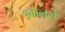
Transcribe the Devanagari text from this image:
उकलले